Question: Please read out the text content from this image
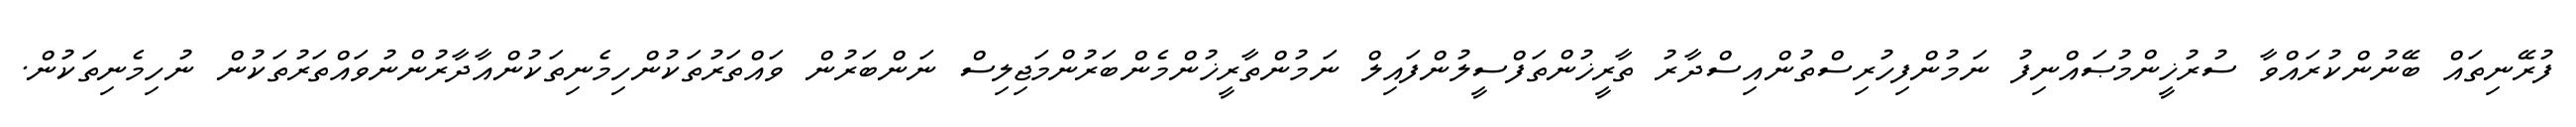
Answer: ފުރޭނިތައް ބޭނުންކުރައްވާ ސުރުޚީންމުޞައްނިފު ނަމުންފިހުރިސްތުންއިސްދާރު ތާރީޚުންތަފްސީލުންފައިލް ނަމުންތާރީޚުންމެންބަރުންމަޖިލިސް ނަންބަރުން ވައްތަރުތަކުންހިމެނިތަކުންއާދާރުންނުވައްތަރުތަކުން ނުހިމެނިތަކުން.